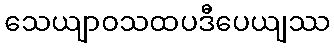
သေယျာဝသထပဒီပေယျဿ